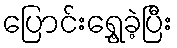
ပြောင်းရွှေ့ခဲ့ပြီး